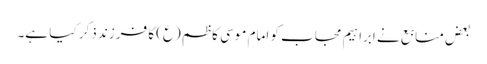
بعض منابع نے ابراہیم مجاب کو امام موسی کاظم (ع) کا فرزند ذکر کیا ہے۔